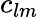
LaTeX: c_{lm}